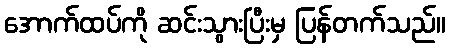
အောက်ထပ်ကို ဆင်းသွားပြီးမှ ပြန်တက်သည်။